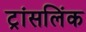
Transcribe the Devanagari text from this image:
ट्रांसलिंक